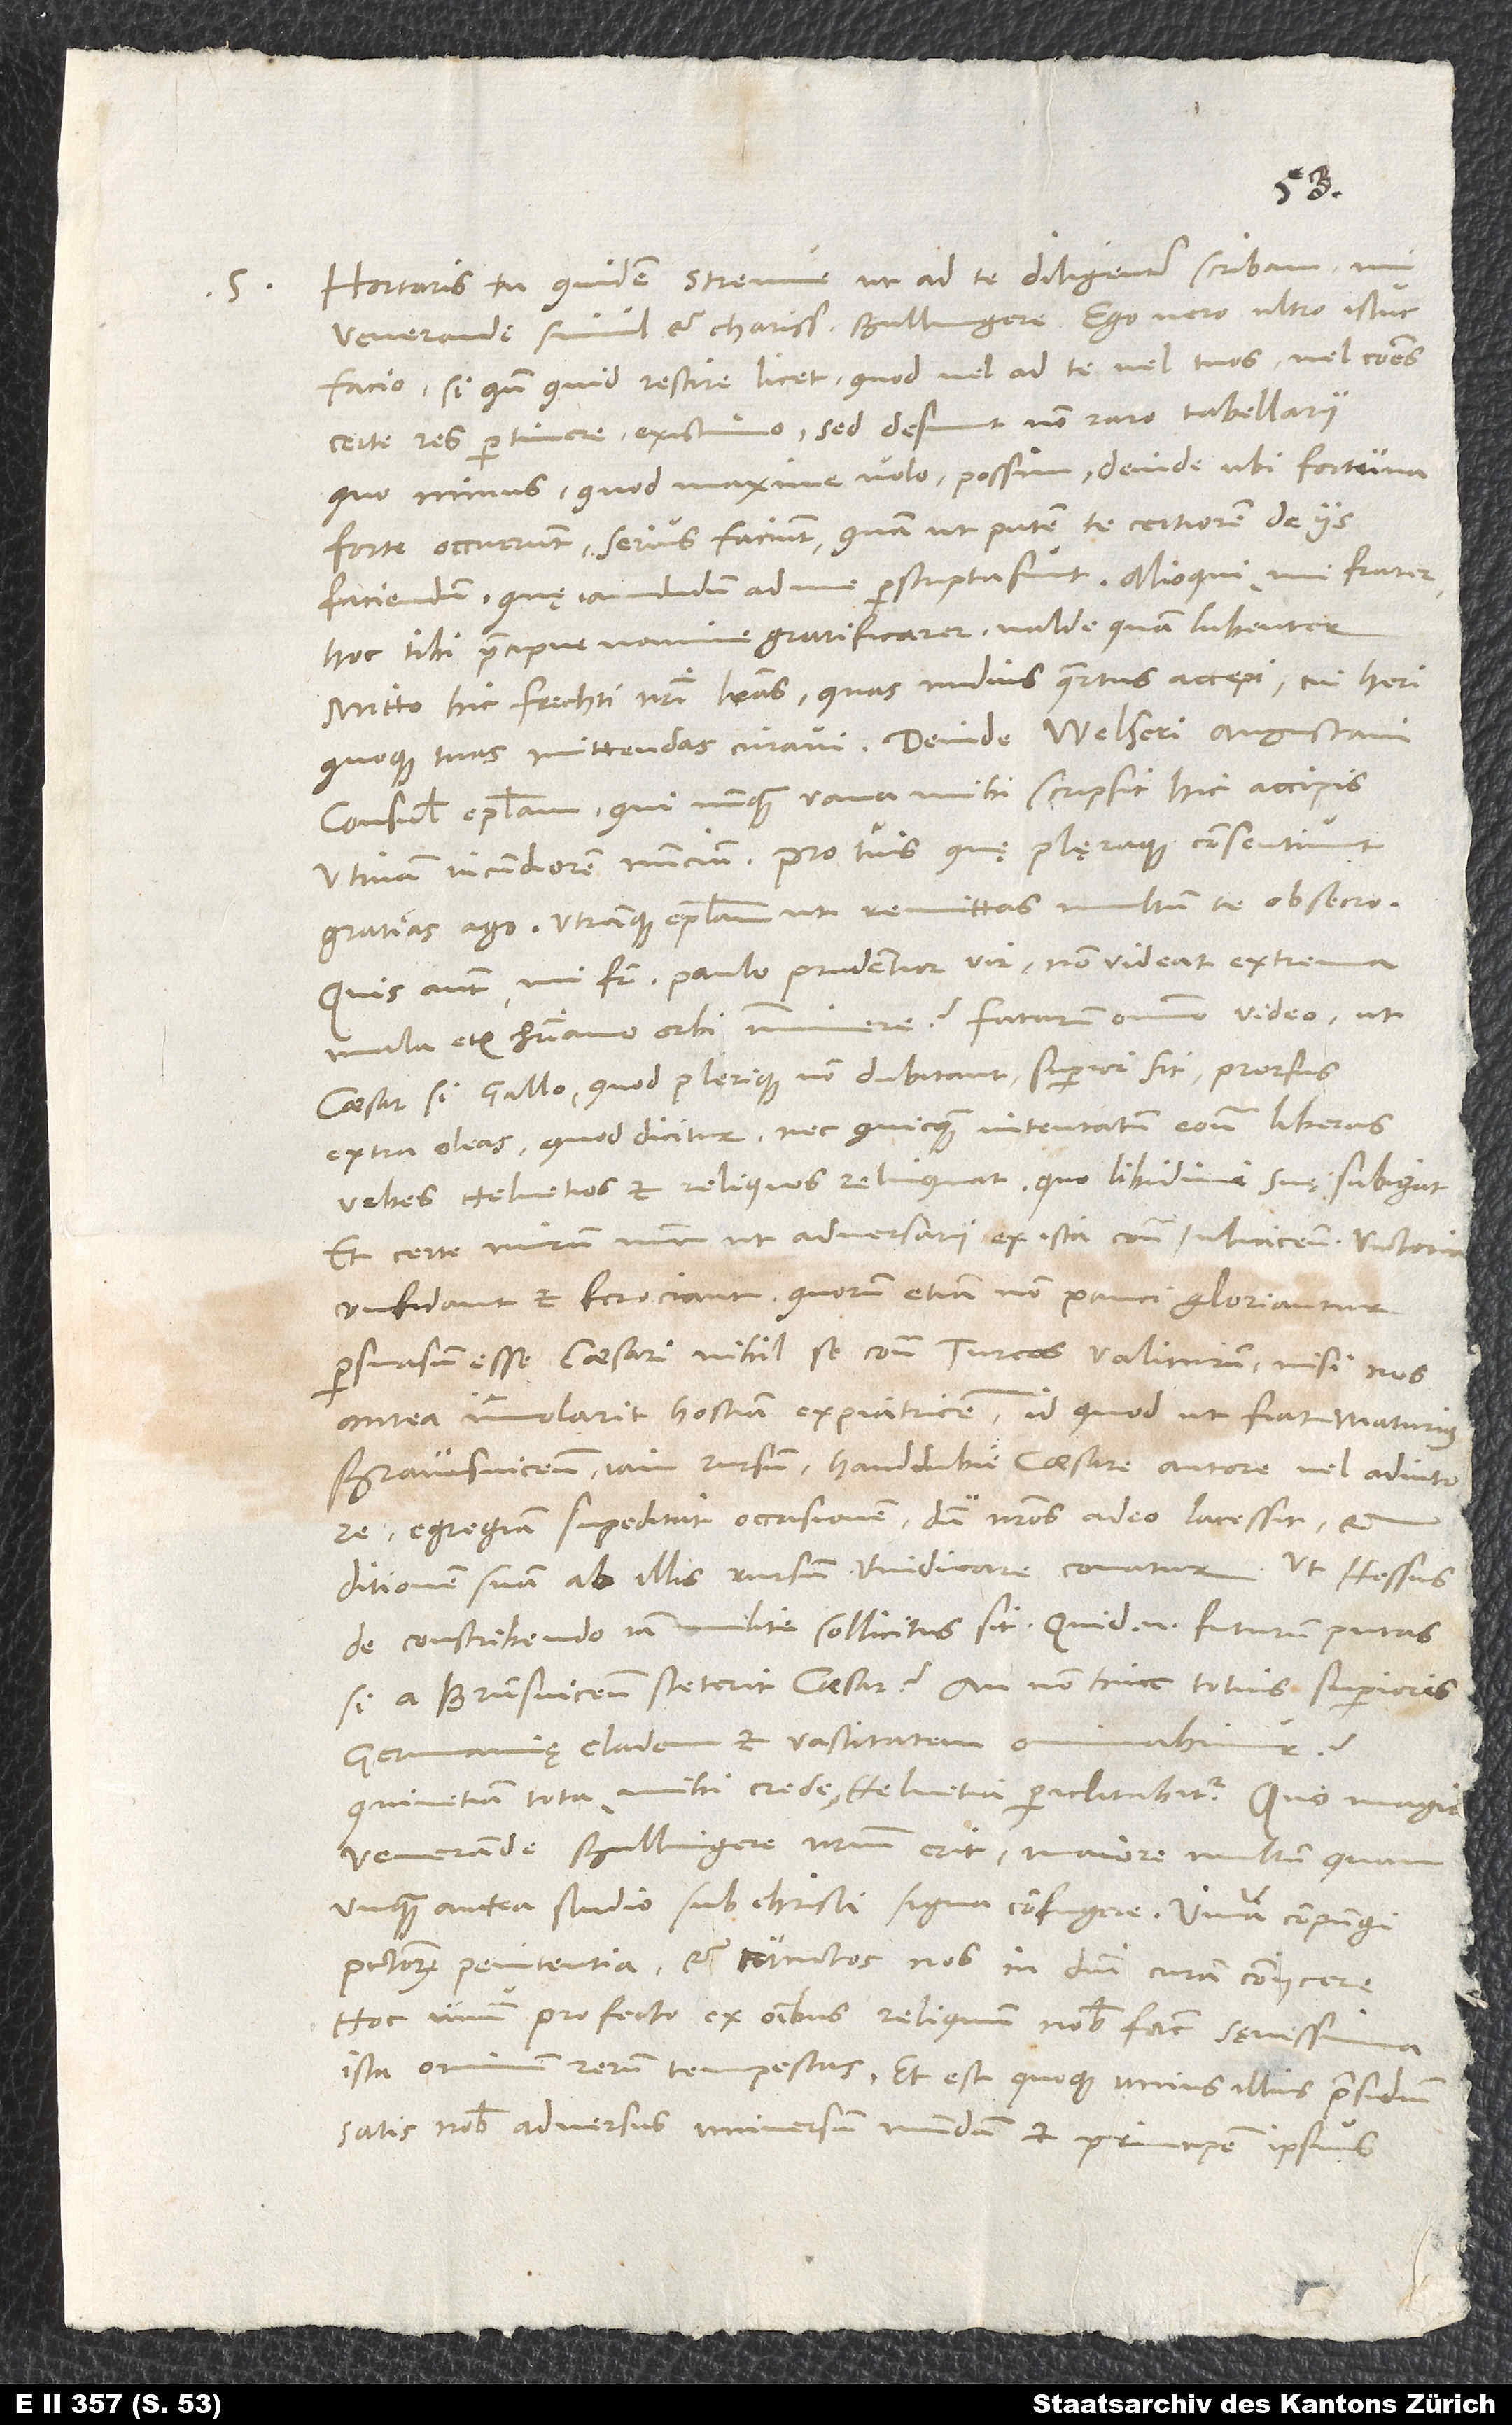
S.

Hortaris tu quidem strenue, ut ad te diligenter scribam, mi
venerande simul et charissime Bullingere. Ego vero ultro istuc
facio, si quando quid rescire licet, quod vel ad te vel tuos vel communes
quo minus, quod maxime volo, possim; deinde, ubi fortuna
forte occurrunt, serius faciunt, quam ut putem te certiorem de iis
faciendum, quę iamdudum ad me perscripta sunt. Alioqui, mi frater,
hoc tibi praecipue nomine gratificarer valde quam lubenter.
Mitto hic Frechti nostri literas, quas nudius quartus accepi, cui heri
quoque tuas mittendas curavi. Deinde Welseri, Augustani
consulis epistolam, qui nunquam vana mihi scripsit, hic accipis;
gratias ago. Utramque epistolam ut remittas, multum te obsecro.
Quis autem, mi frater, paulo prudentior vir non videat extrema
mala etiam christiano orbi imminere? Futurum omnino video, ut
cęsar, si Gallo, quod plerique non dubitant, superior sit, prorsus
extra oleas, quod dicitur, nec quicquam intentatum contra liberas
urbes, Helvetios et reliquos relinquat, quo libidini suę subigat.
Et certe mirum nunc, ut adversarii ex ista contra Iuliacensem victoria
confidant et ferociant. Quorum etiam non pauci gloriantur
persuasum esse caesari nihil se contra Turcos valiturum, nisi nos
antea immolarit hostiam expiatricem, id quod ut fiat maturius,
Braunsvicensis iam rursum - haud dubie caesare autore vel adiutore
egregiam supeditat occasionem, dum nostros adeo lacessit et
ditionem suam ab illis rursum vindicare conatur, ut Hessus
de conscribendo iam milite sollicitus sit. Quid enim futurum putas,
si a Brunsvicensi steterit caesar? An non hinc totius Superioris
Germanię cladem et vastitatem ominabimur?
Quinetiam tota, mihi crede, Helvetia periclitabitur. Quo magis,
venerande Bullingere, nostrum erit maiore multum quam
unquam antea studio sub Christi signa confugere, viva compungi
peccatorum penitentia et cunctos nos in domini curam coniicere.
Hoc unum profecto ex omnibus reliquum nobis facit sęvissima
ista omnium rerum tempestas, et est quoque unius illius praesidium
satis nobis adversus universum mundum et principem ipsius.